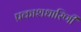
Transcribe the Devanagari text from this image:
प्रकाशधारिणी